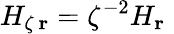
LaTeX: {H}_{\zeta\, \mathbf r}=\zeta^{-2}{H}_{\mathbf r}\;